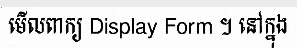
មើលពាក្យ Display Form ។ នៅក្នុង